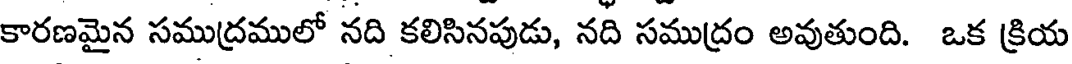
కారణమైన సముద్రములో నది కలిసినపుడు, నది సముద్రం అవుతుంది. ఒక క్రియ